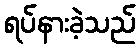
ရပ်နားခဲ့သည်